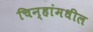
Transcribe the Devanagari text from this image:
चिन्हांमधील